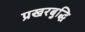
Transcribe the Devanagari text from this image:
प्रखरबुद्धि